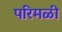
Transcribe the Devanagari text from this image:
परिमळी